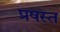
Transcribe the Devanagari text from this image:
प्रषस्त